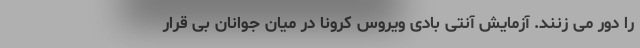
را دور می زنند. آزمایش آنتی بادی ویروس کرونا در میان جوانان بی قرار